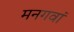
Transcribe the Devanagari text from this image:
मनगवां